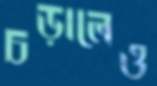
চড়ালেও